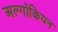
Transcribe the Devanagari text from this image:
अल्गोंकियन